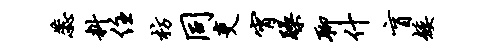
蕊料住枋同吏宵躁聊什盲矮